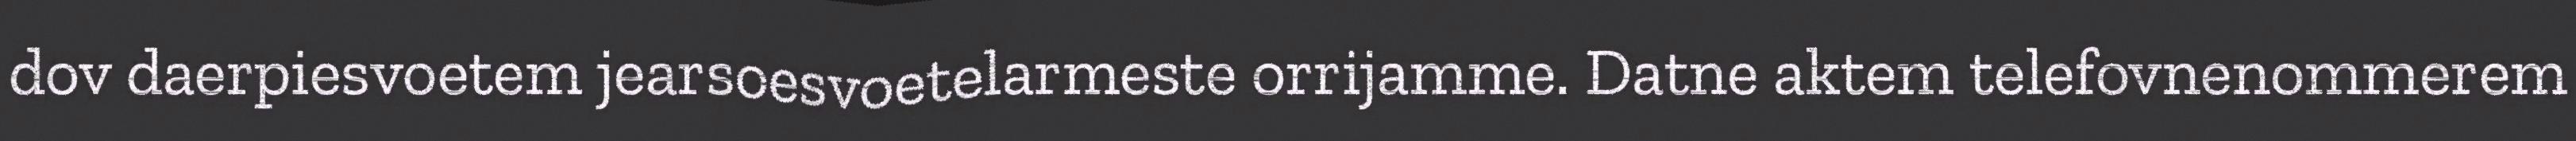
dov daerpiesvoetem jearsoesvoetelarmeste orrijamme. Datne aktem telefovnenommerem